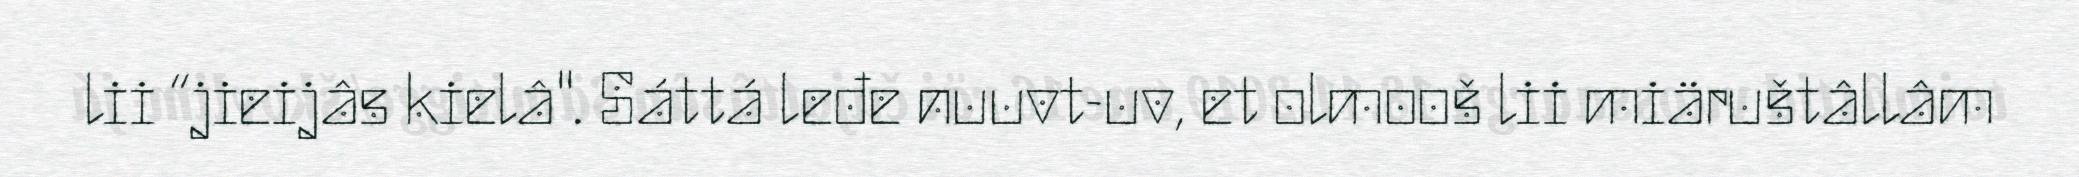
lii “jieijâs kielâ". Sáttá leđe nuuvt-uv, et olmooš lii miäruštâllâm